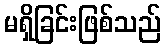
မရှိခြင်းဖြစ်သည်